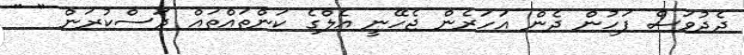
ދެދުވަސް ފަހުން ދެން އަހަރެން ޖެހޭނީ އެލްގެ ކަންތައްތައް ދަސްކުރަން " "